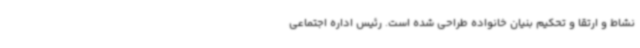
نشاط و ارتقا و تحکیم بنیان خانواده طراحی شده است. رئیس اداره اجتماعی